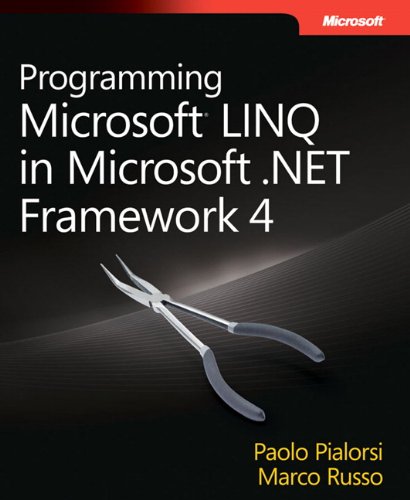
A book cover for Programming Microsoft LINQ in .NET Framework 4 (Developer Reference); Marco Russo; Computers & Technology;